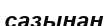
сазынан